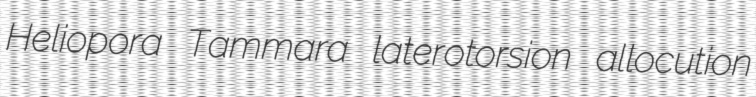
Heliopora Tammara laterotorsion allocution